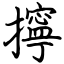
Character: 擰